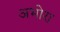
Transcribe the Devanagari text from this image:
अभोरा